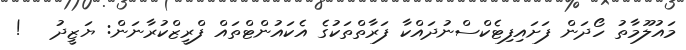
މައުލޫމާތު ހޯދަން ފަށައިފިޓެކްސްނުދައްކާ ފަރާތްތަކުގެ އެކައުންޓްތައް ފްރީޒްކުރާނަން: ޔަޒީދު   !